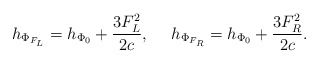
\begin{align*}h_{\Phi_{F_L}}=h_{\Phi_0}+{{3F^2_L}\over{2c}},\ \ \ \ h_{\Phi_{F_R}}=h_{\Phi_0}+{{3F^2_R}\over{2c}}.\end{align*}